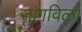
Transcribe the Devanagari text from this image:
जागविला